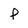
Character: P